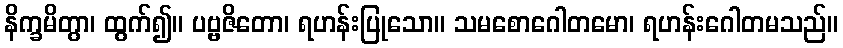
နိက္ခမိတွာ၊ ထွက်၍။ ပဗ္ဗဇိတော၊ ရဟန်းပြုသော။ သမစောဂေါတမော၊ ရဟန်းဂေါတမသည်။